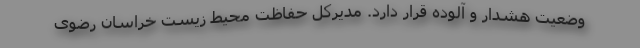
وضعیت هشدار و آلوده قرار دارد. مدیرکل حفاظت محیط زیست خراسان رضوی